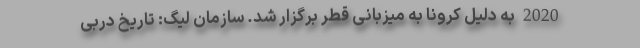
2020 به دلیل کرونا به میزبانی قطر برگزار شد. سازمان لیگ: تاریخ دربی